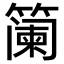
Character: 𮆏